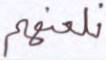
نلعنهم